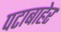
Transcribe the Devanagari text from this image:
पटाबाहेर